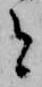
と